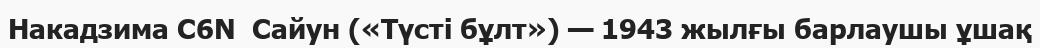
Накадзима C6N  Сайун («Түсті бұлт») — 1943 жылғы барлаушы ұшақ